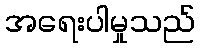
အရေးပါမှုသည်